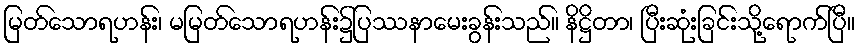
မြတ်သောရဟန်း၊ မမြတ်သောရဟန်း၌ပြဿနာမေးခွန်းသည်။ နိဋ္ဌိတာ၊ ပြီးဆုံးခြင်းသို့ရောက်ပြီ။